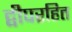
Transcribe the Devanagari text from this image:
द्वीपरहित